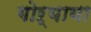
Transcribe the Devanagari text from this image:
गोऱ्याया